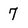
Character: 7